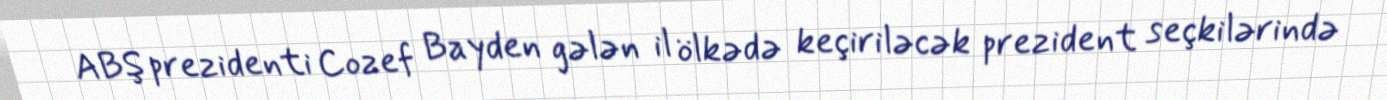
ABŞ prezidenti Cozef Bayden gələn il ölkədə keçiriləcək prezident seçkilərində